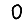
Digit: 0